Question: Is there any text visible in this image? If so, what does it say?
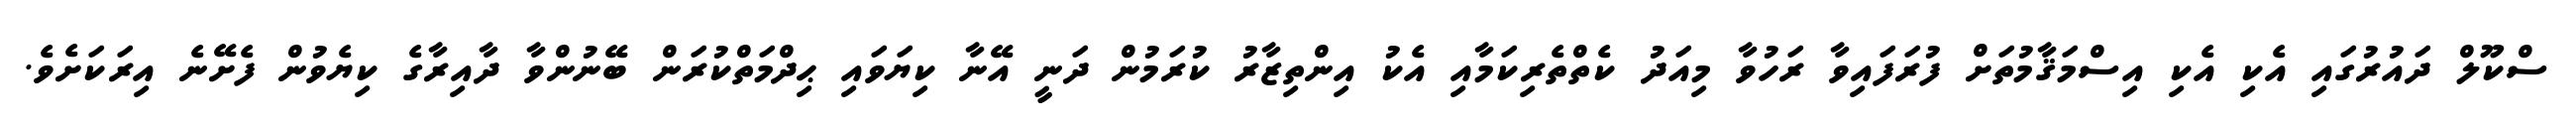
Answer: ސްކޫލް ދައުރުގައި އެކި އެކި އިސްމަޤާމުތަށް ފުރަފައިވާ ރަހުވާ މިއަދު ކެތްތެރިކަމާއި އެކު އިންތިޒާރު ކުރަމުން ދަނީ އޭނާ ކިޔަވައި ޙިދްމަތްކުރަން ބޭނުންވާ ދާއިރާގެ ކިޔެވުން ފެށޭނެ އިރަކަށެވެ.